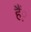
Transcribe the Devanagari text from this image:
हैं़